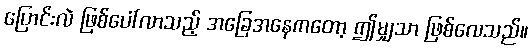
ပြောင်းလဲ ဖြစ်ပေါ်လာသည့် အခြေအနေကတော့ ဤမျှသာ ဖြစ်လေသည်။